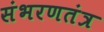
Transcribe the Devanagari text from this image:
संभरणतंत्र